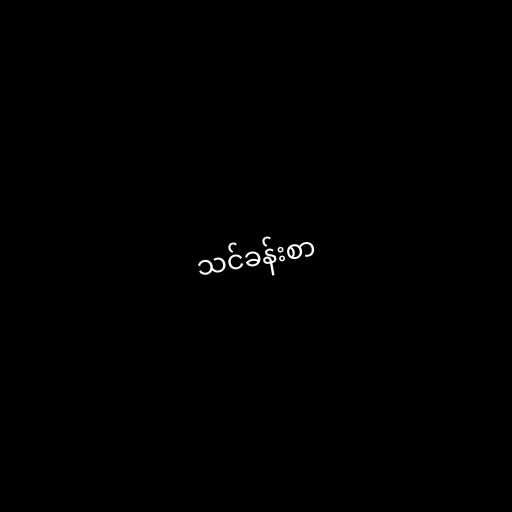
သင်ခန်းစာ